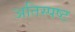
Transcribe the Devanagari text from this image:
अतिस्पष्ट